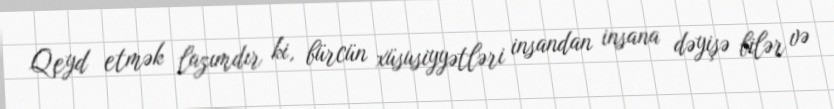
Qeyd etmək lazımdır ki, bürcün xüsusiyyətləri insandan insana dəyişə bilər və